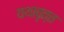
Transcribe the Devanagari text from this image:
यथावृत्त